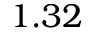
1 . 3 2